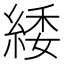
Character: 緌